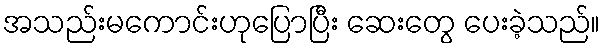
အသည်းမကောင်းဟုပြောပြီး ဆေးတွေ ပေးခဲ့သည်။